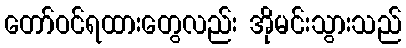
တော်ဝင်ရထားတွေလည်း အိုမင်းသွားသည်